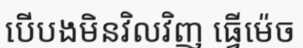
បើបងមិនវិលវិញ ធ្វើម៉េច